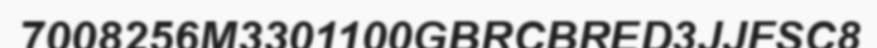
7008256M3301100GBRCBRED3JJFSC8